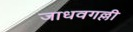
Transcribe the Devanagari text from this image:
जाधवगल्ली